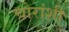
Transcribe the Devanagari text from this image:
चोरांशी